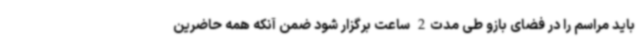
باید مراسم را در فضای بازو طی مدت2 ساعت برگزار شود ضمن آنکه همه حاضرین